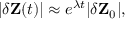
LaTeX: | \delta \mathbf { Z } ( t ) | \approx e ^ { \lambda t } | \delta \mathbf { Z } _ { 0 } | ,